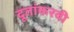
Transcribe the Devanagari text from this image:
दूतांकरवी